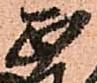
正